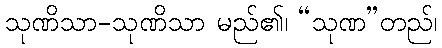
သုဏိသာ-သုဏိသာ မည်၏၊ “သုဏ”တည်၊